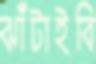
ঝাঁটাইবি